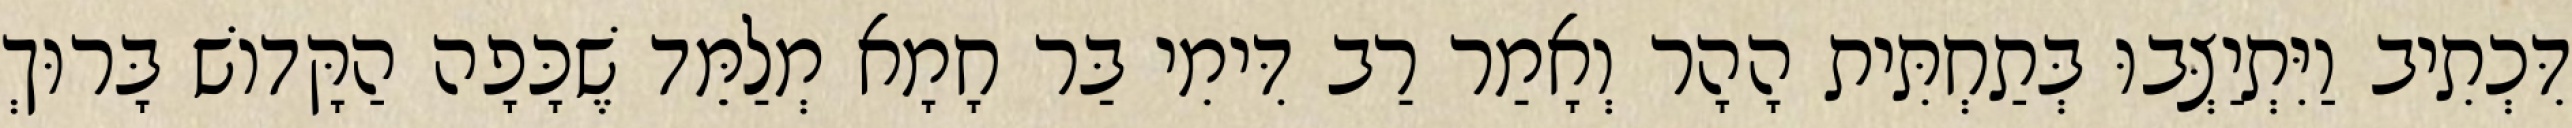
דִּכְתִיב וַיִּתְיַצְּבוּ בְּתַחְתִּית הָהָר וְאָמַר רַב דִּימִי בַּר חָמָא מְלַמֵּד שֶׁכָּפָה הַקָּדוֹשׁ בָּרוּךְ